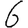
Digit: 6